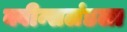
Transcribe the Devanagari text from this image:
क्वीन्सलंडला